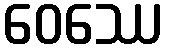
ဝေဿေ